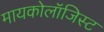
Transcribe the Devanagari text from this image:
मायकोलॉजिस्ट